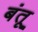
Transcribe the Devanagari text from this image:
बंतू